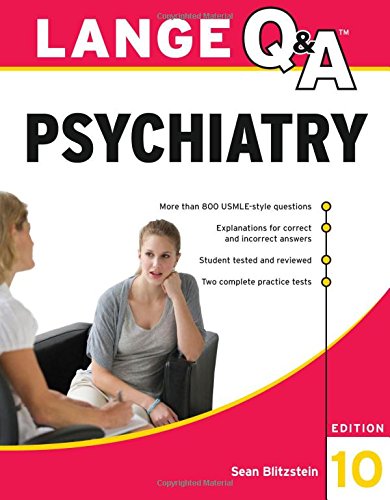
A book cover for Lange Q&A Psychiatry, 10th Edition; Sean Blitzstein; Test Preparation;